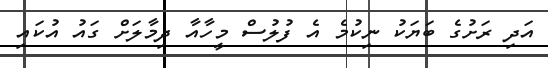
އަދި ރަށުގެ ބަޔަކު ނިކުމެ އެ ފުލުސް މީހާއާ ދިމާލަށް ގައު އުކައި